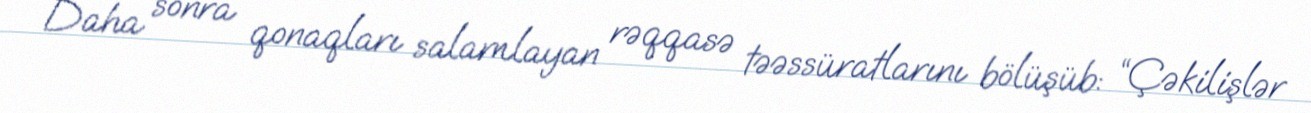
Daha sonra qonaqları salamlayan rəqqasə təəssüratlarını bölüşüb: “Çəkilişlər